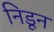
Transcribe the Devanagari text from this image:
निडून